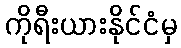
ကိုရီးယားနိုင်ငံမှ